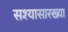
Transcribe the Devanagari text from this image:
सश्यासारख्या